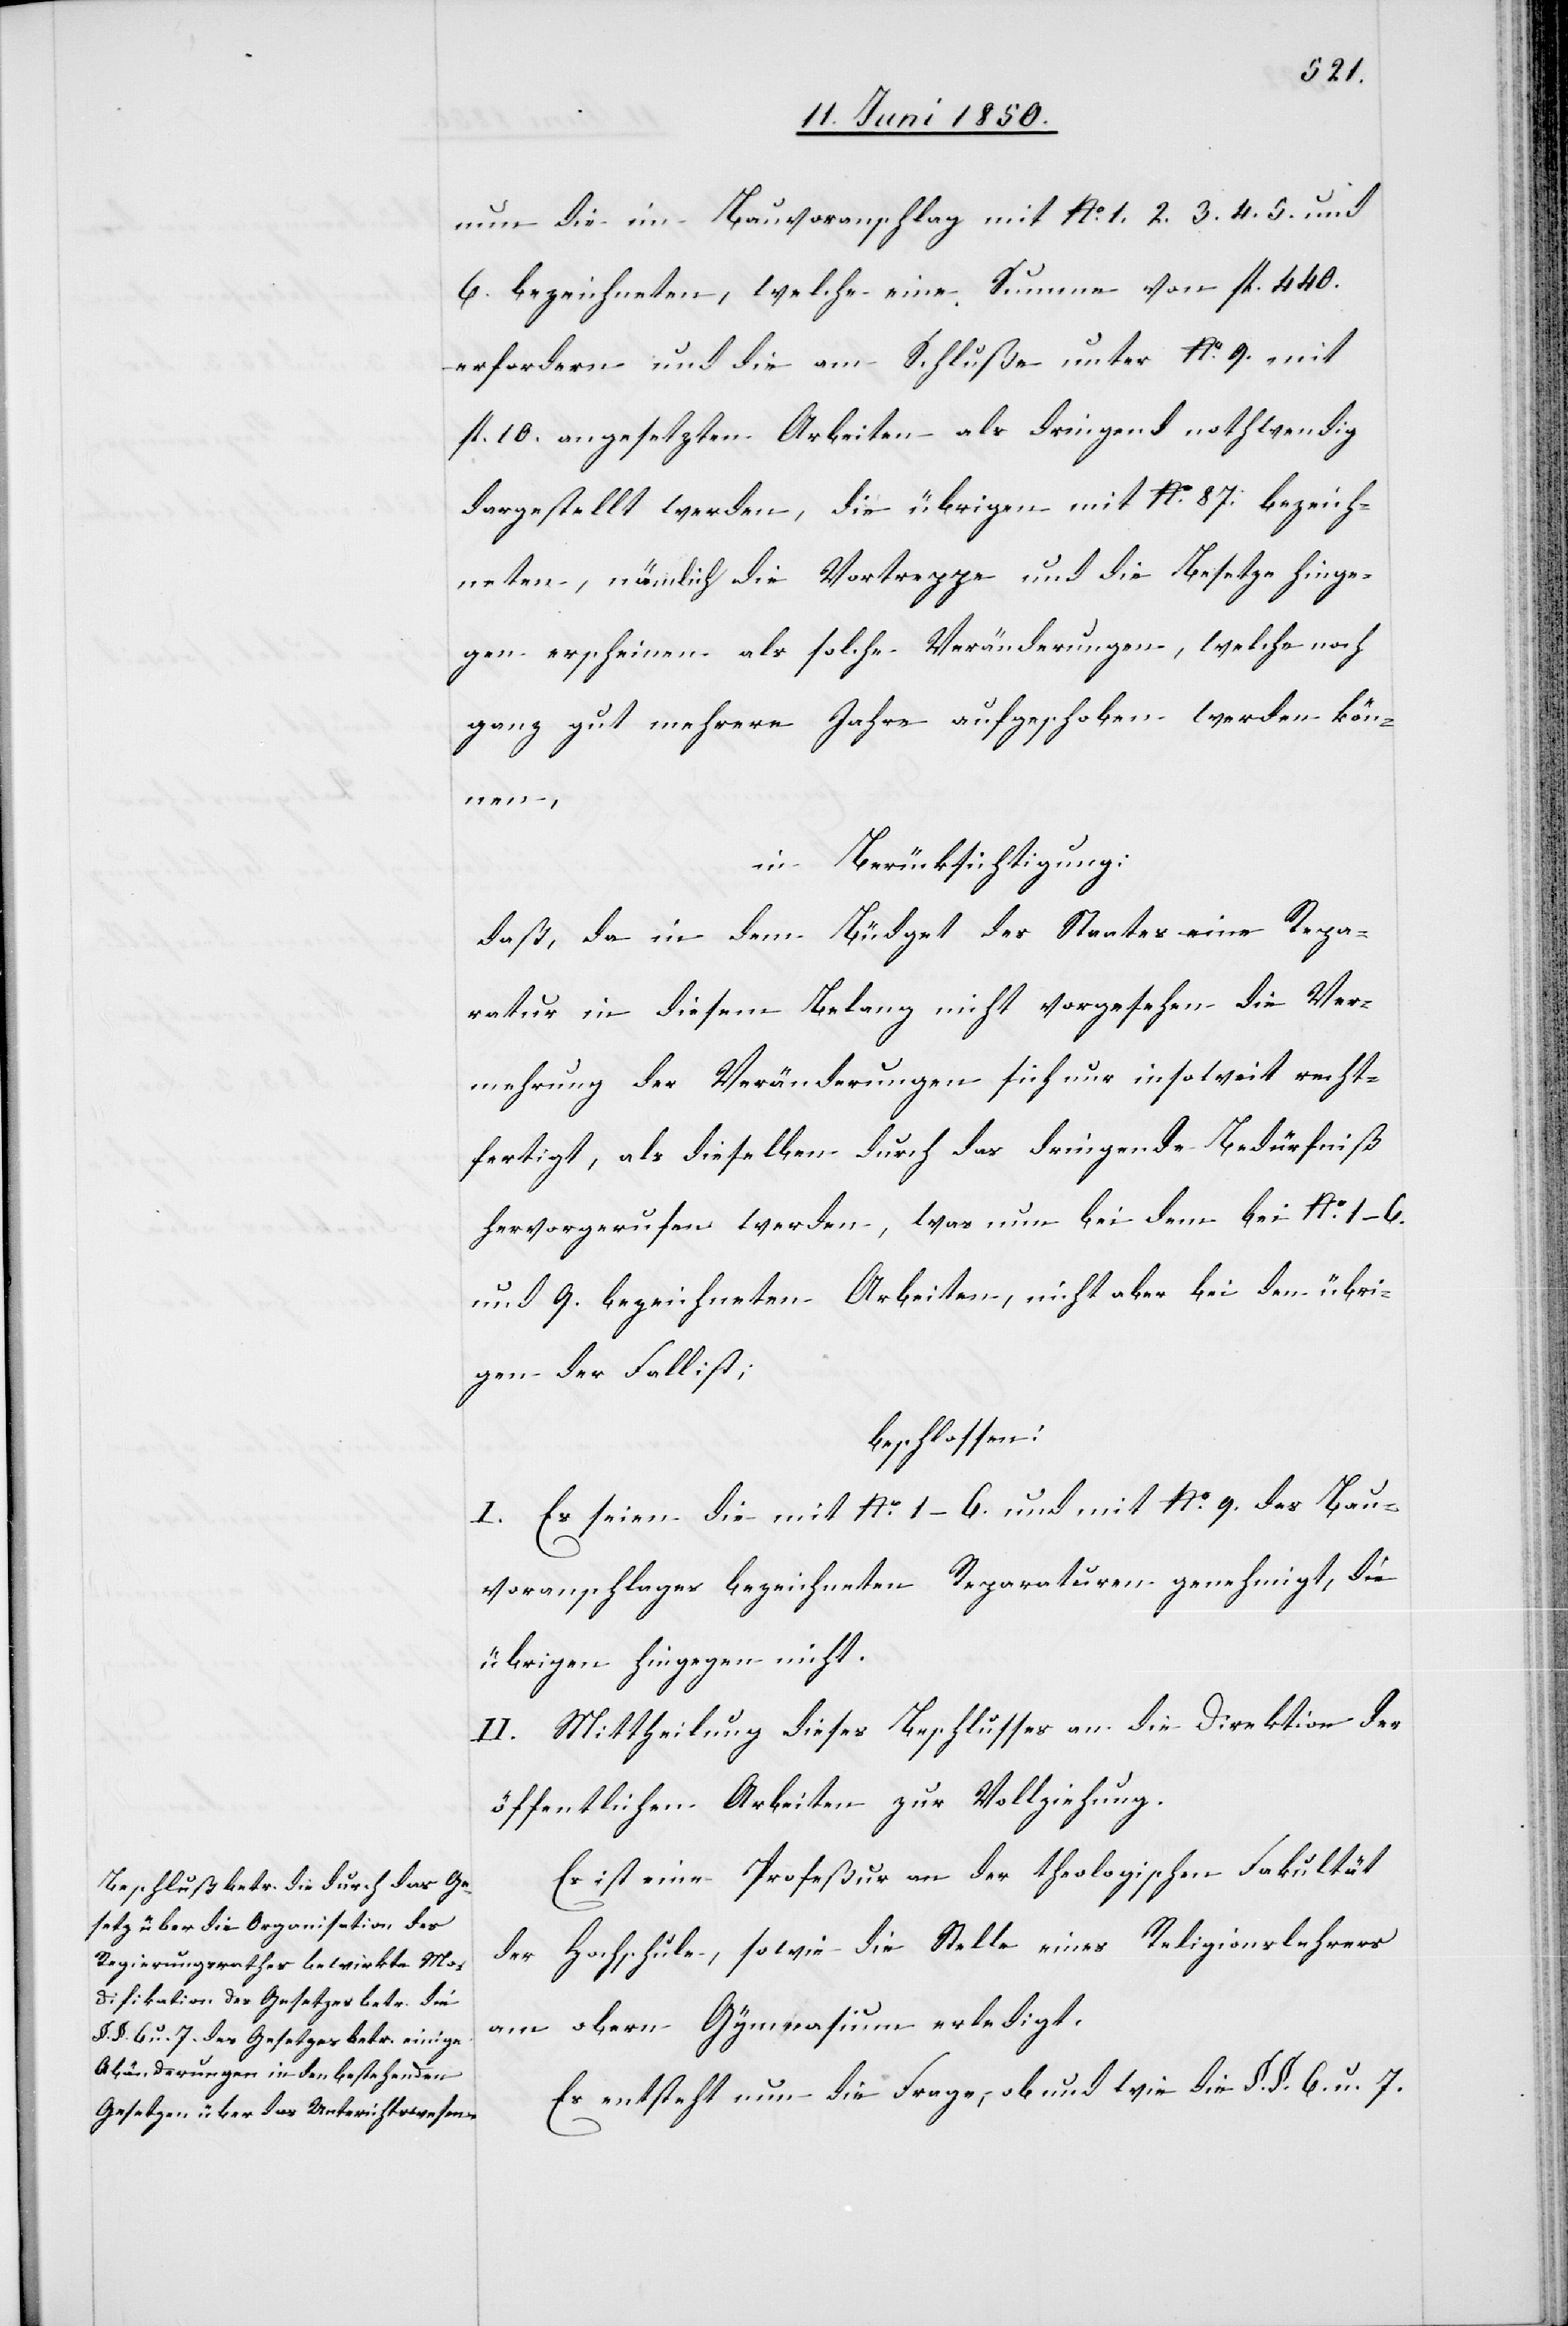
nun die im Bauvoranschlag mit No. 1. 2. 3. 4. 5. und
6. bezeichneten, welche eine Summe von fl. 440.
erfordern und die am Schluße unter No. 9. mit
fl. 10. angesetzten Arbeiten als dringend nothwendig
dargestellt werden, die übrigen mit No. 87. [rec¬
neten, nämlich die Vortreppe und die Besetze hinge¬
gen erscheinen als solche Veränderungen, welche noch
ganz gut mehrere Jahre aufgeschoben werden kön¬
nen,
in Berücksichtigung:
daß, da in dem Büdget des Staates eine Repa¬
ratur in diesem Belang nicht vorgesehen die Ver¬
mehrung der Veränderungen sich nur insoweit recht¬
fertigt, als dieselben durch das dringende Bedürfniß
hervorgerufen werden, was nun bei dem bei No. 1–6.
und 9. bezeichneten Arbeiten, nicht aber bei den übri¬
gen der Fall ist;
beschlossen:
I. Es seien die mit No. 1–6. und mit No. 9 des Bau¬
voranschlages bezeichneten Reparaturen genehmigt, die
übrigen hingegen nicht.
II. Mittheilung dieses Beschlusses an die Direktion der
öffentlichen Arbeiten zur Vollziehung.
Es ist eine Profeßur an der theologischen Fakultät
der Hochschule, sowie die Stelle eines Religionslehrers
am obern Gymnasium erledigt.
Es entsteht nun die Frage, ob und wie die §. §. 6. u. 7.